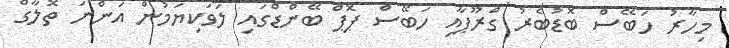
މިހާރު ހަބޭސް ބޮޑުބެރު ގްރޫޕާއި ހަބޭސް ޕޮޕް ބޭންޑްގައި ލަވަކިޔަމުން އަންނަ ތޮލާގް